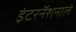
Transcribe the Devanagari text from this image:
इंटरनॅशनाले